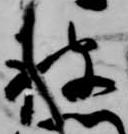
被